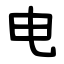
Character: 电